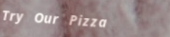
Try Our Pizza